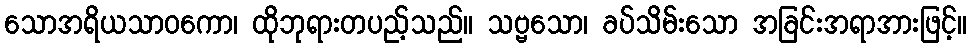
သောအရိယသာဝကော၊ ထိုဘုရားတပည့်သည်။ သဗ္ဗသော၊ ခပ်သိမ်းသော အခြင်းအရာအားဖြင့်။